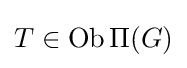
T\in \operatorname {Ob} \Pi (G)